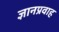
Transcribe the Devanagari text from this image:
ज्ञानप्रवाह